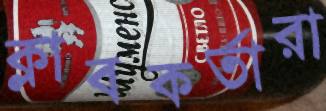
ক্লাবকর্তারা